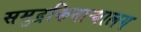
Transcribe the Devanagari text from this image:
समुद्रकिनाऱ्यालग